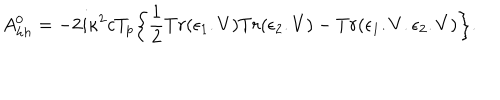
A _ { h h } ^ { 0 } = - 2 i \kappa ^ { 2 } c T _ { p } \bigg \{ { \frac { 1 } { 2 } } T r ( \epsilon _ { 1 } . V ) T r ( \epsilon _ { 2 } . V ) - T r ( \epsilon _ { 1 } . V . \epsilon _ { 2 } . V ) \bigg \} .